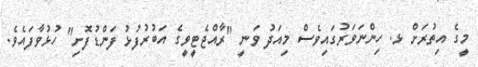
މީގެ އިތުރަށް ޅ. ހިންނަވަރުގައިވެސް މިއަދު ވަނީ "ރާއްޖެޓީވީގެ އަބުރުފުޅު ފަންޑުފޮށި" ހުޅުވާފައެވެ.